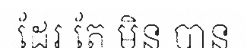
ដែរ តែ មិន បាន